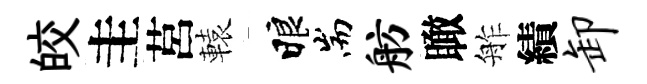
皎圭莒轅睱耑舫瞰舴績卸